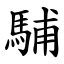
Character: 䮒